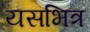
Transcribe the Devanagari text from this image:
यसभित्र